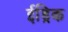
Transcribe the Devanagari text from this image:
ईड्रिक